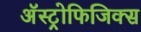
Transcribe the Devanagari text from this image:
अॅस्ट्रोफिजिक्स